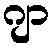
ဂျာ